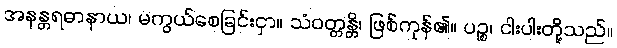
အနန္တရဓာနာယ၊ မကွယ်စေခြင်းငှာ။ သံဝတ္တန္တိ၊ ဖြစ်ကုန်၏။ ပဉ္စ၊ ငါးပါးတို့သည်။